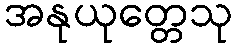
အနုယုတ္တေသု